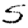
Digit: 5